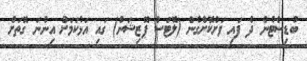
ބުޑިސްޓުން ދެ ފައި ވަށްކޮށްގެން (ލޮޓަސް ޕޮޒިޝަން) ގައި އަޅުކަމަށް އިންނަ ގޮތަށް